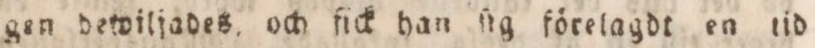
gen dewiljades och fick han ſig förelagdt en tid